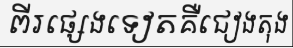
ពីរផ្សេងទៀតគឺជៀងតុង